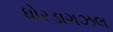
ધોરડાગઝલ